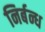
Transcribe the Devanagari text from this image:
निर्बन्ध